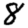
Digit: 8